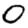
Digit: 0